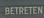
betreten